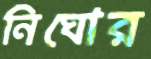
নিঘোর